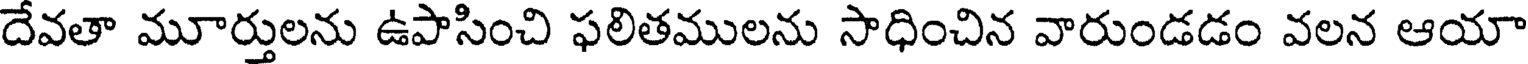
దేవతా మూర్తులను ఉపాసించి ఫలితములను సాధించిన వారుండడం వలన ఆయా